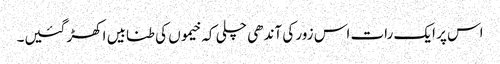
اس پر ایک رات اس زور کی آندھی چلی کہ خیموں کی طنابیں اکھڑ گئیں۔